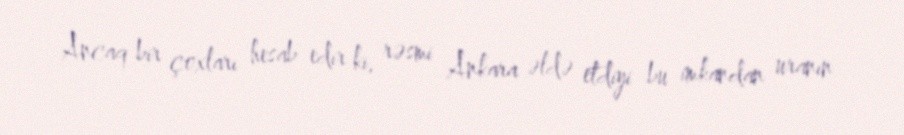
Ancaq bir çoxları hesab edir ki, rəsmi Ankara əldə etdiyi bu imkandan uranın